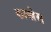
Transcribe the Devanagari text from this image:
काखेस